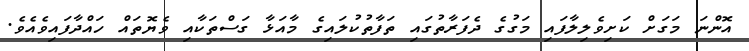
އޮންނަ މަގަށް ކަށިވެލިލާފައި މަގުގެ ދެފަރާތުގައި ތަފާތުކުލައިގެ މާއަޅާ ގަސްތަކާއި ވެޔޮތައް ހައްދާފައިވެއެވެ.